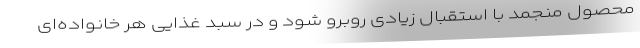
محصول منجمد با استقبال زیادی روبرو شود و در سبد غذایی هر خانواده‌ای